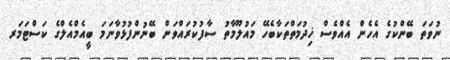
ނުވަތަ ބޭންކުގެ އެހެން އެއްވެސް ޚިދުމަތްތަކާބެހޭ މައުލޫމާތު ސާފުކުރައްވަން ބޭނުންފުޅުވާނަމަ ބީއެމްއެލްގެ ކަސްޓަމަރ